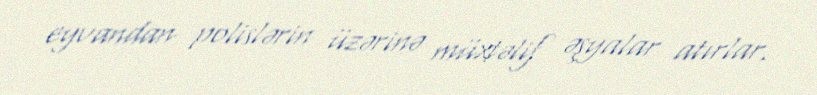
eyvandan polislərin üzərinə müxtəlif əşyalar atırlar.